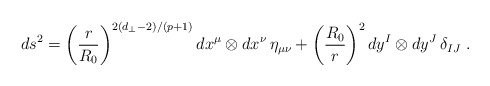
\begin{align*}ds^2 =\left( \frac{r}{R_0} \right)^{2(d_\perp-2)/(p+1)}dx^\mu \otimes dx^\nu\, \eta_{\mu\nu}+\left( \frac{R_0}{r} \right)^{2}dy^I \otimes dy^J\, \delta_{IJ} \ .\end{align*}